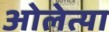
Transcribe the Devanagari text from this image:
ओलेत्या